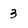
Character: 3